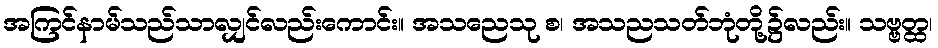
အကြင်နာမ်သည်သာလျှင်လည်းကောင်း။ အသညေသု စ၊ အသညသတ်ဘုံတို့၌လည်း။ သဗ္ဗတ္ထ၊